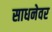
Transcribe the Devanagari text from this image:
साधनेवर